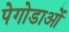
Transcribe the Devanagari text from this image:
पेगोडाओं